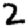
Digit: 2